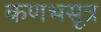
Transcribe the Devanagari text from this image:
कणभसूत्र